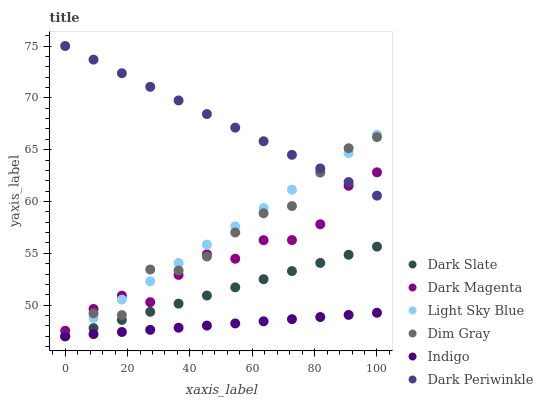
| xaxis_label | Dark Slate | Dark Magenta | Light Sky Blue | Dim Gray | Indigo | Dark Periwinkle |
 | --- | --- | --- | --- | --- | --- | --- |
 | 0 | 47 | 47.5 | 47 | 47 | 47 | 75 |
 | 9.09 | 47.8 | 49.6 | 48.8 | 49.2 | 47.2 | 73.7 |
 | 18.2 | 48.6 | 50.9 | 50.5 | 49 | 47.4 | 72.4 |
 | 27.3 | 49.4 | 50.3 | 52.3 | 53.4 | 47.6 | 71.1 |
 | 36.4 | 50.1 | 52.9 | 54.1 | 53.3 | 47.8 | 69.8 |
 | 45.5 | 50.9 | 54.9 | 55.8 | 54.7 | 48 | 68.4 |
 | 54.5 | 51.7 | 54.5 | 57.6 | 57 | 48.2 | 67.1 |
 | 63.6 | 52.5 | 56.3 | 59.4 | 58.9 | 48.4 | 65.8 |
 | 72.7 | 53.3 | 56.3 | 61.1 | 59.6 | 48.6 | 64.5 |
 | 81.8 | 54.1 | 57.8 | 62.9 | 62.8 | 48.9 | 63.2 |
 | 90.9 | 54.9 | 61.5 | 64.7 | 65.1 | 49.1 | 61.9 |
 | 100 | 55.6 | 62.8 | 66.4 | 66.2 | 49.3 | 60.6 |